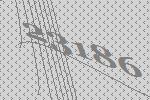
23186